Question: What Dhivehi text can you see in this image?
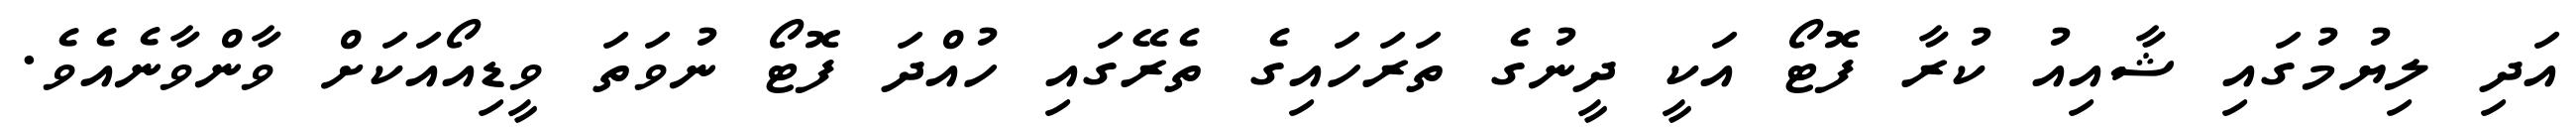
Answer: އަދި ލިޔުމުގައި ޝާއިއު ކުރާ ފޮޓޯ އަކީ ދީނުގެ ތަރަހައިގެ ތެރޭގައި ހުއްދަ ފޮޓޯ ނުވަތަ ވީޑިއޯއަކަށް ވާންވާނެއެވެ.